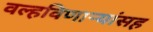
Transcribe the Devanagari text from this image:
वल्हविणाऱ्यांसह